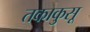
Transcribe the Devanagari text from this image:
तकाकुसू